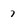
Character: 7